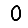
Digit: 0